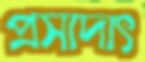
প্রসাদাৎ